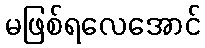
မဖြစ်ရလေအောင်